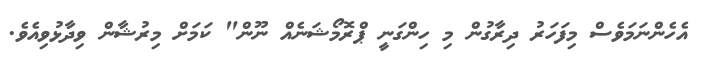
އެހެންނަމަވެސް މިފަހަރު ދިރާގުން މި ހިންގަނީ ޕްރޮމޯޝަނެއް ނޫން" ކަމަށް މިރުޝާން ވިދާޅުވިއެވެ.